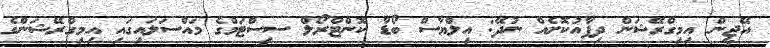
އޭޖީން އިމިގްރޭޝަން ދިފާއުކޮށެއް ނުދޭ: އިލްޔާސް ބޯޑާ ކޮންޓްރޯލް ސިސްޓަމްގެ މައްސަލައިގައި އިމިގްރޭޝަންގެ